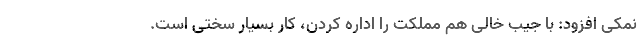
نمکی افزود: با جیب خالی هم مملکت را اداره کردن، کار بسیار سختی است.